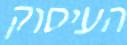
העיסוק